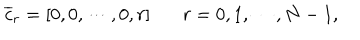
{ \overline { { c } } } _ { r } = [ 0 , 0 , \cdots , 0 , r ] \ \ \ r = 0 , 1 , \cdots , N - 1 ,